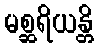
မစ္ဆရိယန္တိ